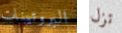
البروتينات تزل